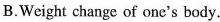
B.Weight change of one's body.